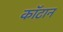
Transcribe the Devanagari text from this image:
कॉटान